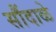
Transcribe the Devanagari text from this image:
सौंदाळे